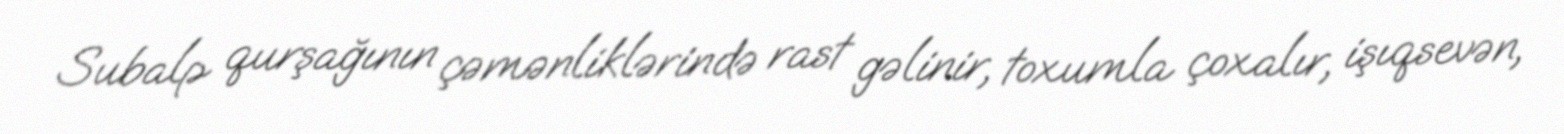
Subalp qurşağının çəmənliklərində rast gəlinir, toxumla çoxalır, işıqsevən,